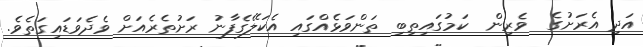
އަދި އެރަށުގެ  ވެރިން  ކަމުގައިތިބި ތަންވަޅެއްގައި އެކަލޭގެފާނު ރަށުތެރެއަށް ވެދެވަޑައިގަތެވެ.